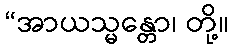
“အာယသ္မန္တော၊ တို့။